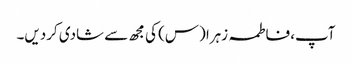
آپ، فاطمہ زہرا (س) کی مجھ سے شادی کردیں۔